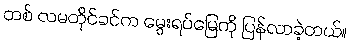
တစ် လမတိုင်ခင်က မွေးရပ်မြေကို ပြန်လာခဲ့တယ်။